Civil Veterinary Dept. Bombay admin report 1923-31 - 1923-1931
Year: 1923
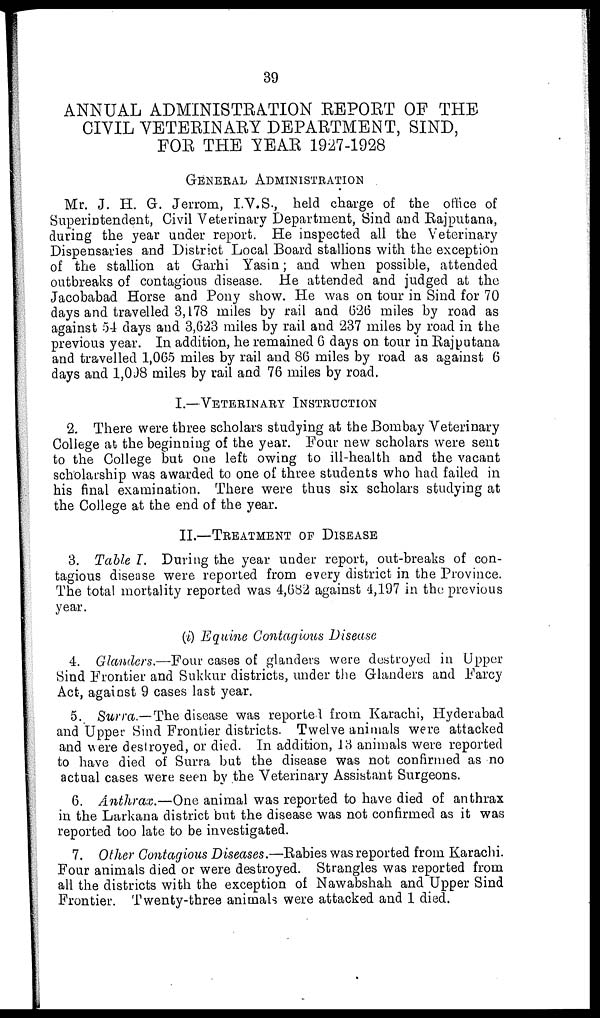
39
ANNUAL ADMINISTRATION REPORT OF THE
CIVIL VETERINARY DEPARTMENT, SIND,
FOR THE YEAR 1927-1928
GENERAL ADMINISTRATION
Mr. J. H. G. Jerrom, I.V.S., held charge of the office of
Superintendent, Civil Veterinary Department, Sind and Rajputana,
during the year under report. He inspected all the Veterinary
Dispensaries and District Local Board stallions with the exception
of the stallion at Garhi Yasin; and when possible, attended
outbreaks of contagious disease. He attended and judged at the
Jacobabad Horse and Pony show. He was on tour in Sind for 70
days and travelled 3,178 miles by rail and 626 miles by road as
against 54 days and 3,623 miles by rail and 237 miles by road in the
previous year. In addition, he remained 6 days on tour in Rajputana
and travelled 1,065 miles by rail and 86 miles by road as against 6
days and 1,098 miles by rail and 76 miles by road.
I.—VETERINARY INSTRUCTION.
2. There were three scholars studying at the Bombay Veterinary
College at the beginning of the year. Four new scholars were sent
to the College but one left owing to ill-health and the vacant
scholarship was awarded to one of three students who had failed in
his final examination. There were thus six scholars studying at
the College at the end of the year.
II.—TREATMENT OF DISEASE
3. Table I. During the year under report, out-breaks of con-
tagious disease were reported from every district in the Province.
The total mortality reported was 4,682 against 4,197 in the previous
year.
(i) Equine Contagious Disease
4. Glanders.—Four cases of glanders were destroyed in Upper
Sind Frontier and Sukkur districts, under the Glanders and Farcy
Act, against 9 cases last year.
5. Surra.—The disease was reported from Karachi, Hyderabad
and Upper Sind Frontier districts. Twelve animals were attacked
and were destroyed, or died. In addition, 13 animals were reported
to have died of Surra but the disease was not confirmed as no
actual cases were seen by the Veterinary Assistant Surgeons.
6. Anthrax.—One animal was reported to have died of anthrax
in the Larkana district but the disease was not confirmed as it was
reported too late to be investigated.
7. Other Contagious Diseases.—Rabies was reported from Karachi.
Four animals died or were destroyed. Strangles was reported from
all the districts with the exception of Nawabshah and Upper Sind
Frontier. Twenty-three animals were attacked and 1 died.